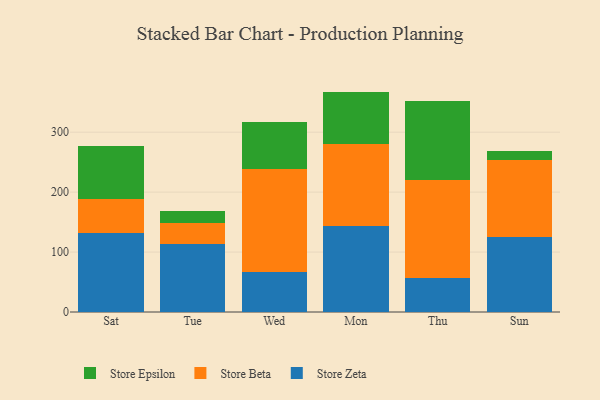
{"axis": {"x": "Day", "y": "Latency (ms)"}, "legend": ["Store Beta", "Store Epsilon", "Store Zeta"], "data": [{"x": "Sat", "y": 131.3, "type": "Store Zeta"}, {"x": "Sat", "y": 57.3, "type": "Store Beta"}, {"x": "Sat", "y": 89.1, "type": "Store Epsilon"}, {"x": "Tue", "y": 113.5, "type": "Store Zeta"}, {"x": "Tue", "y": 35.2, "type": "Store Beta"}, {"x": "Tue", "y": 20.2, "type": "Store Epsilon"}, {"x": "Wed", "y": 67.4, "type": "Store Zeta"}, {"x": "Wed", "y": 171.7, "type": "Store Beta"}, {"x": "Wed", "y": 78.7, "type": "Store Epsilon"}, {"x": "Mon", "y": 143.4, "type": "Store Zeta"}, {"x": "Mon", "y": 137.6, "type": "Store Beta"}, {"x": "Mon", "y": 86.7, "type": "Store Epsilon"}, {"x": "Thu", "y": 56.6, "type": "Store Zeta"}, {"x": "Thu", "y": 163.7, "type": "Store Beta"}, {"x": "Thu", "y": 131.2, "type": "Store Epsilon"}, {"x": "Sun", "y": 125.5, "type": "Store Zeta"}, {"x": "Sun", "y": 127.5, "type": "Store Beta"}, {"x": "Sun", "y": 14.9, "type": "Store Epsilon"}]}